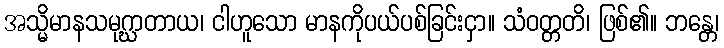
အသ္မိမာနသမုဂ္ဃာတာယ၊ ငါဟူသော မာနကိုပယ်ပစ်ခြင်းငှာ။ သံဝတ္တတိ၊ ဖြစ်၏။ ဘန္တေ၊